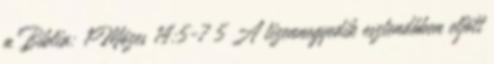
a Biblia: 1Mózes 14:5-7 5 A tizennegyedik esztendőben eljött